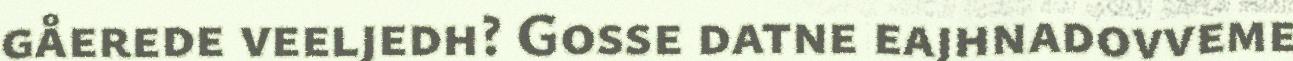
gåerede veeljedh? Gosse datne eajhnadovveme